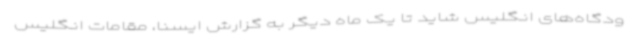
ودگاه‌های انگلیس شاید تا یک ماه دیگر به گزارش ایسنا، مقامات انگلیس